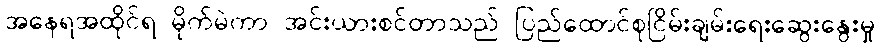
အနေရအထိုင်ရ မိုက်မဲကာ အင်းယားစင်တာသည် ပြည်ထောင်စုငြိမ်းချမ်းရေးဆွေးနွေးမှု